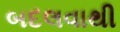
બદલવાથી